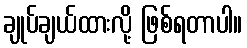
ချုပ်ချယ်ထားလို့ ဖြစ်ရတာပါ။